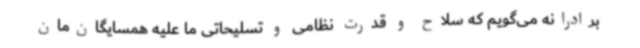
برادرانه می‌گویم که سلاح و قدرت نظامی و تسلیحاتی ما علیه همسایگان‌مان